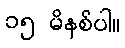
၁၅ မိနစ်ပါ။